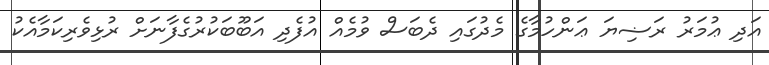
އަދި ޢުމަރު ރަޟިޔަ ޢަންހުމާގެ މެދުގައި ދެބަސް ވުމެއް އުފެދި އަބޫބަކުރުގެފާނަށް ރުޅިވެރިކަމާއެކު